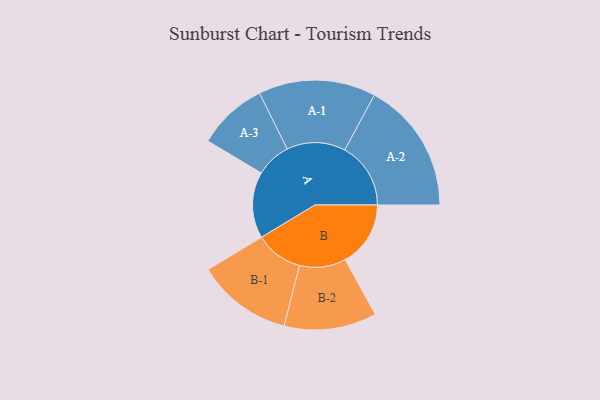
{"axis": {"x": "Segment", "y": "Value"}, "legend": ["", "A", "B"], "data": [{"x": "A", "y": 225, "type": ""}, {"x": "B", "y": 222, "type": ""}, {"x": "A-1", "y": 199, "type": "A"}, {"x": "A-2", "y": 224, "type": "A"}, {"x": "A-3", "y": 119, "type": "A"}, {"x": "B-1", "y": 162, "type": "B"}, {"x": "B-2", "y": 157, "type": "B"}]}